Source: Handwritten
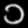
Digit: ၁ (1)